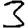
Digit: 3